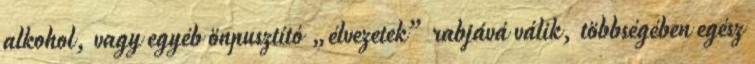
alkohol, vagy egyéb ön­pusz­tító „élvezetek” rabjává válik, többségében egész